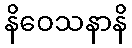
နိဝေသနာနိ